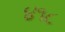
૪૧૮